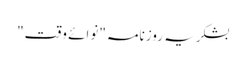
بشکریہ روزنامہ "نوائے وقت"